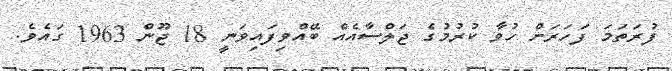
ފުރަތަމަ ފަހަރަށް ހުވާ ކުރުމުގެ ޖަލްސާއެއް ބޭއްވިފައިވަނީ 18 ޖޫން 1963 ގައެވެ.